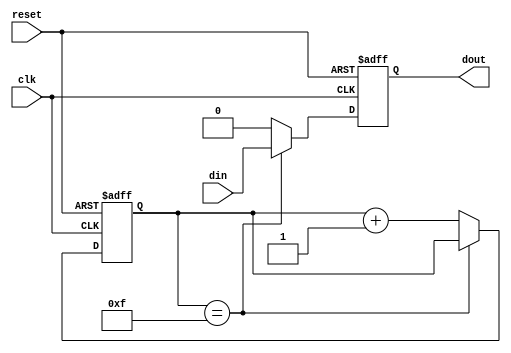
module latch_delay (
  input wire clk,
  input wire reset,
  input wire din,
  output reg dout
);

  reg [3:0] delay_counter;

  always @(posedge clk or posedge reset) begin
    if (reset) begin
      delay_counter <= 4'b0000;
      dout <= 1'b0;
    end 
    else begin
      if (delay_counter == 4'b1111) begin
        dout <= din;
      end
      else begin
        delay_counter <= delay_counter + 1;
        dout <= 1'b0;
      end
    end
  end

endmodule